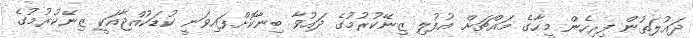
ދައުލަތުން ފިރިހެން މީހާގެ މައްޗަށް އުފުލި ޒިނޭކުރުމުގެ ދައުވާ ބިނާކޮށްފައިވަނީ ކުޑަކުއްޖާއަކީ ޒިނޭކުރުމުގެ